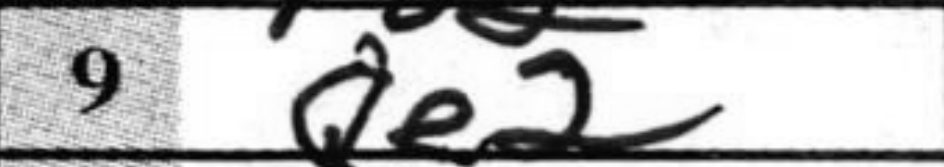
Transcription: Qe2